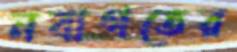
নবাগতের